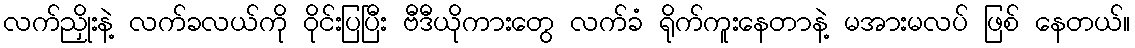
လက်ညှိုးနဲ့ လက်ခလယ်ကို ဝိုင်းပြပြီး ဗီဒီယိုကားတွေ လက်ခံ ရိုက်ကူးနေတာနဲ့ မအားမလပ် ဖြစ် နေတယ်။